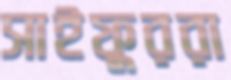
সাইফুররা